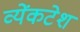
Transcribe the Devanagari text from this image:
व्येंकटेश